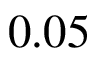
0 . 0 5